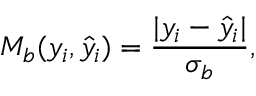
M _ { b } ( y _ { i } , \hat { y } _ { i } ) = \frac { | y _ { i } - \hat { y } _ { i } | } { \sigma _ { b } } ,